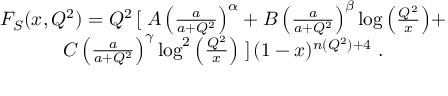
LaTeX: \begin{array} { c c } { { F _ { S } ( x , Q ^ { 2 } ) = Q ^ { 2 } \left[ \right. A \left( \frac { a } { a + Q ^ { 2 } } \right) ^ { \alpha } + B \left( \frac { a } { a + Q ^ { 2 } } \right) ^ { \beta } \log { \left( \frac { Q ^ { 2 } } { x } \right) } + } } \\ { { C \left( \frac { a } { a + Q ^ { 2 } } \right) ^ { \gamma } \log ^ { 2 } { \left( \frac { Q ^ { 2 } } { x } \right) } \left. \right] ( 1 - x ) ^ { n ( Q ^ { 2 } ) + 4 } \ . } } \end{array}